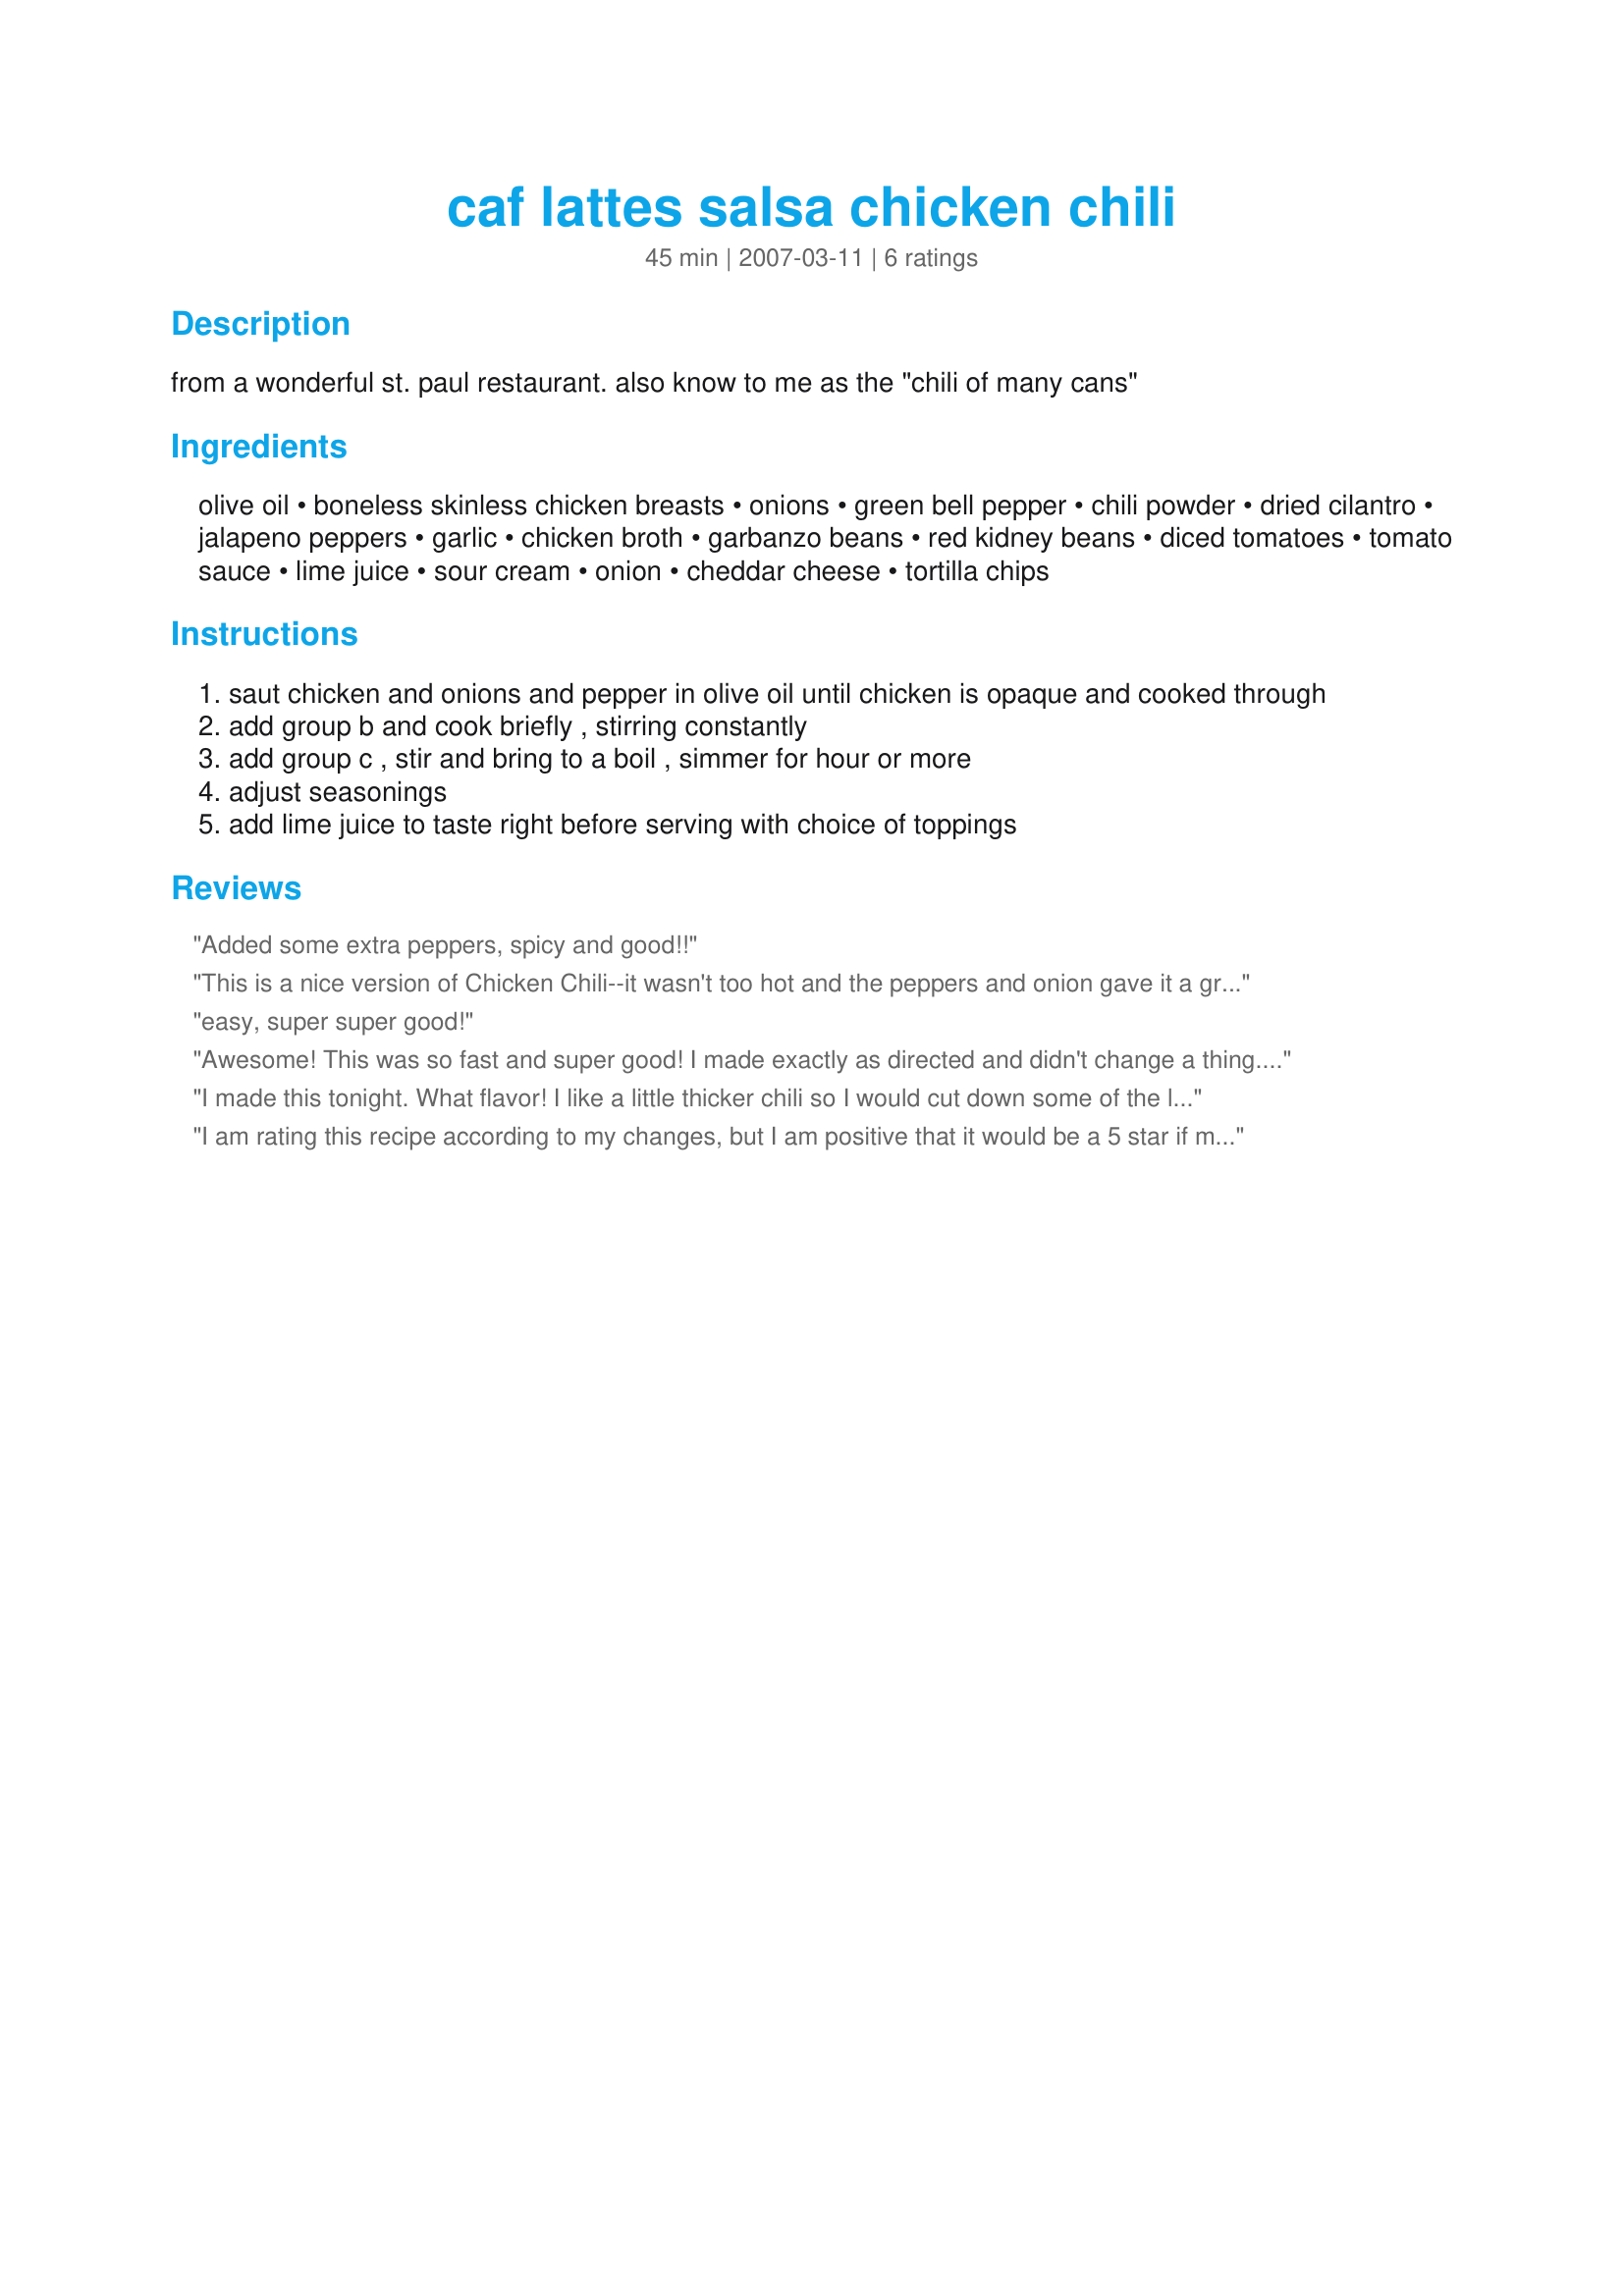
caf lattes salsa chicken chili
Preparation time: 45 minutes

from a wonderful st. paul restaurant. also know to me as the "chili of many cans"

Ingredients:
olive oil, boneless skinless chicken breasts, onions, green bell pepper, chili powder, dried cilantro, jalapeno peppers, garlic, chicken broth, garbanzo beans, red kidney beans, diced tomatoes, tomato sauce, lime juice, sour cream, onion, cheddar cheese, tortilla chips

Steps:
saut chicken and onions and pepper in olive oil until chicken is opaque and cooked through
add group b and cook briefly , stirring constantly
add group c , stir and bring to a boil , simmer for hour or more
adjust seasonings
add lime juice to taste right before serving with choice of toppings

Reviews:
Added some extra peppers, spicy and good!!
This is a nice version of Chicken Chili--it wasn't too hot and the peppers and onion gave it a great flavor. Thanks!
easy, super super good!
Awesome! This was so fast and super good! I made exactly as directed and didn't change a thing. The jalapenos gave it a wonderful slow heat and it wasn't to hot. Loved it! I will be making again real soon!! Thanks Kathiejac!
I made this tonight. What flavor! I like a little thicker chili so I would cut down some of the liquid next time. Also, I used turkey stock because that is what I had on hand. I also used fresh cilantro instead of the dried and added it at the end of the cooking. Really really good chili!
I am rating this recipe according to my changes, but I am positive that it would be a 5 star if made as stated above. Instead of using chicken breast, I used 1 lb. ground chicken (I had on hand) and cooked with onions, adding salt, pepper, and garlic pepper. I don&#039;t care for green peppers, so I left them out. When meat was almost done cooking, I added jalapeno slices. When meat was cooked, I added 1 can chicken broth, 1 can green verde sauce, 1 can rotel, 1 can tomato sauce, 1 can tomato paste, 1 Large can precooked chicken, garlic, beans and chili powder. It didn&#039;t have enough of a &quot;chili&quot; flavor so I added about 1 Tbs. chili seasoning that I found in the pantry. Served with crackers, jalapenos, and sour cream. AMAZING!
